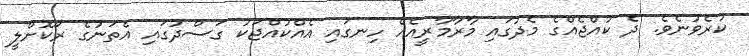
ކުރެވުނެވެ. ދެ ކުއްޖެއްގެ މެދުގައި މާރާމާރީއެއް ހިނގައި އެއްކުއްޖަކު ގަސްދުގައި އެތަނުގެ ރޯކޮށްލީ